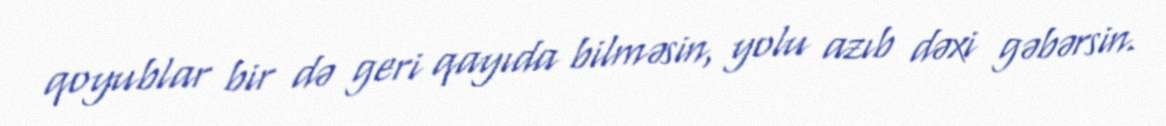
qoyublar bir də geri qayıda bilməsin, yolu azıb dəxi gəbərsin.